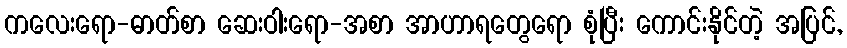
ကလေးရော-ဓာတ်စာ ဆေးဝါးရော-အစာ အာဟာရတွေရော စုံပြီး ကောင်းနိုင်တဲ့ အပြင်,